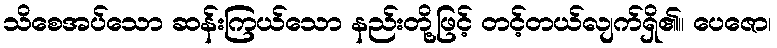
သိစေအပ်သော ဆန်းကြယ်သော နည်းတို့ဖြင့် တင့်တယ်လျက်ရှိ၏။ ပေဇော၊